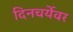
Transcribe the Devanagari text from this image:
दिनचर्येवर